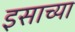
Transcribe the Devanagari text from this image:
इसाच्या